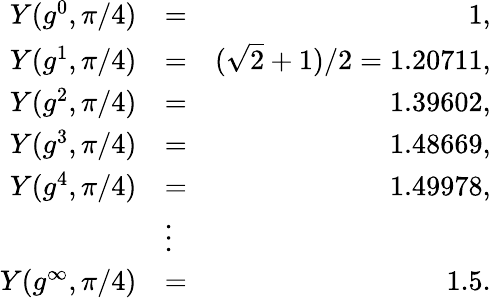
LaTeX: \begin{array}{rlr}{Y(g^{0},\pi/4)}&{=}&{1,}\\ {Y(g^{1},\pi/4)}&{=}&{(\sqrt{2}+1)/2=1.20711,}\\ {Y(g^{2},\pi/4)}&{=}&{1.39602,}\\ {Y(g^{3},\pi/4)}&{=}&{1.48669,}\\ {Y(g^{4},\pi/4)}&{=}&{1.49978,}\\ &{\vdots}&\\ {Y(g^{\infty},\pi/4)}&{=}&{1.5.}\end{array}